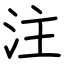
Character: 注